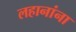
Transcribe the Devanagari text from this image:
लहानांना